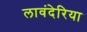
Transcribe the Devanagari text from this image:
लावंदेरिया